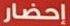
إحضار